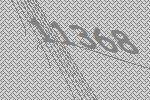
11368